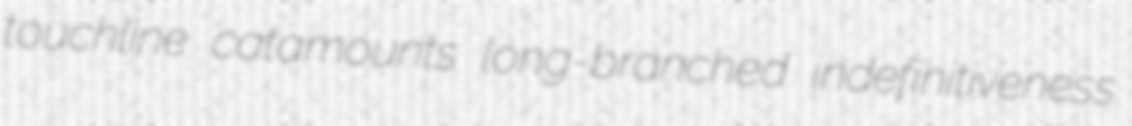
touchline catamounts long-branched indefinitiveness